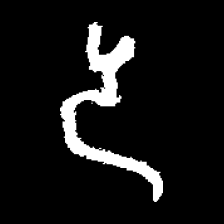
Pyu character \u2014 Myanmar letter: ဒ (romanized: da)